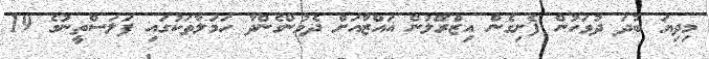
މިދިޔަ ބުދަ ދުވަހުން ފެށިގެން އިޒްރޭލުން ޣައްޒާއަށް ދެމުންގެންދާ ހަމަލާތަކުގައި ފަލަސްތީނުގެ 19